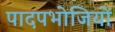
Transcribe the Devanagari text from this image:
पादपभोजियों